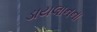
ડાયલાનના